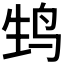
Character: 𬸆